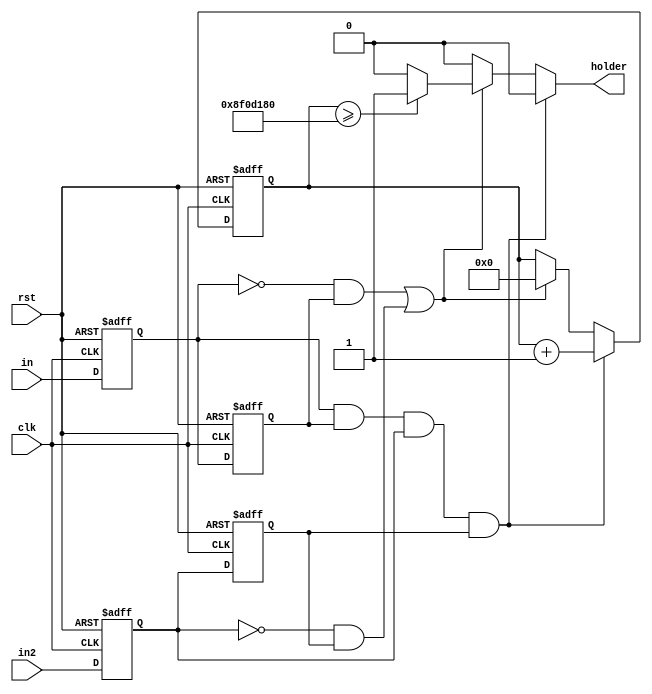
module red_dual #(parameter SECONDS = 50_000_000)
				(input clk, input rst, input in, input in2, output reg holder);

reg ff1_reg, ff1_next;
reg ff2_reg, ff2_next;
reg ff3_reg, ff3_next;
reg ff4_reg, ff4_next;

integer timer_reg, timer_next;

always @(posedge clk, negedge rst) begin
	if(!rst) begin
		ff1_reg <= 1'b0;
		ff2_reg <= 1'b0;
		ff3_reg <= 1'b0;
		ff4_reg <= 1'b0;
		timer_reg <= 0;
	end
	else if(clk) begin
		ff1_reg <= ff1_next;
		ff2_reg <= ff2_next;
		ff3_reg <= ff3_next;
		ff4_reg <= ff4_next;
		timer_reg <= timer_next;
	end
end

always @(*) begin
	ff1_next = in;
	ff2_next = ff1_reg;
	ff3_next = in2;
	ff4_next = ff3_reg;
	timer_next = timer_reg;
	holder = 1'b0;
	
	if(ff1_reg == 1'b1 && ff2_reg == 1'b1 && ff3_reg == 1'b1 && ff4_reg == 1'b1) begin
		timer_next = timer_reg + 1'b1;
	end
	else if( (ff1_reg == 1'b0 && ff2_reg == 1'b1) || (ff3_reg == 1'b0 && ff4_reg == 1'b1)) begin
		if(timer_reg >= 3*SECONDS) 
			holder = 1'b1;
			
		timer_next = 0;
	end
	
end

endmodule